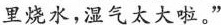
里烧水，湿气太大啦。”